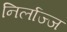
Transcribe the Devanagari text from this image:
निर्लाज्ज